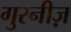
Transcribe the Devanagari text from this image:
गुरनीज़